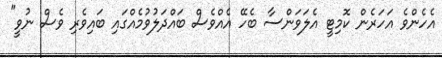
އެހެންވެ އަހަރެން ކޮމިޓީ އެލަވަންސާ ބެހޭ އެއްވެސް ބައްދަލުވުމެއްގައި ބައިވެރި ވެސް ނުވީ"